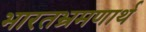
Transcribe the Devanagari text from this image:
भारतभ्रमणार्थ